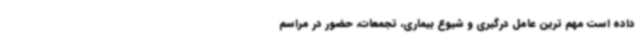
داده است مهم ترین عامل درگیری و شیوع بیماری، تجمعات، حضور در مراسم